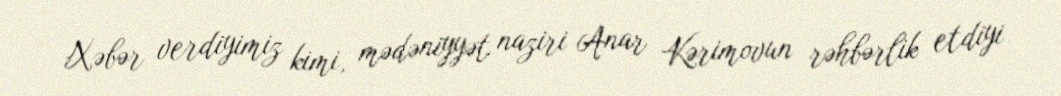
Xəbər verdiyimiz kimi, mədəniyyət naziri Anar Kərimovun rəhbərlik etdiyi